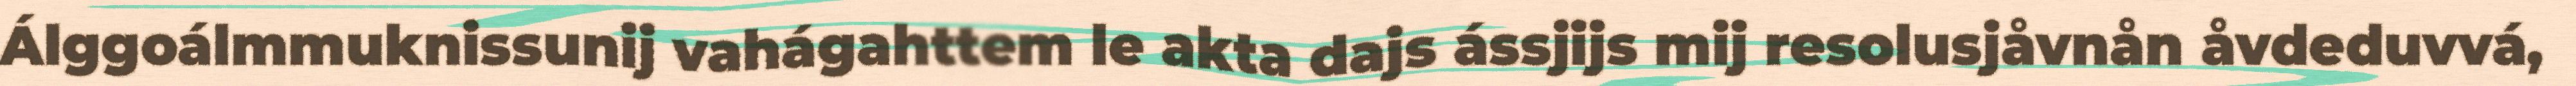
Álggoálmmuknissunij vahágahttem le akta dajs ássjijs mij resolusjåvnån åvdeduvvá,